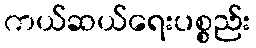
ကယ်ဆယ်ရေးပစ္စည်း